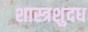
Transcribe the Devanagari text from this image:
शास्त्रशुदध